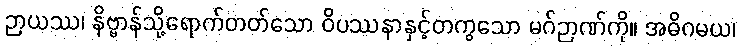
ဉာယဿ၊ နိဗ္ဗာန်သို့ရောက်တတ်သော ဝိပဿနာနှင့်တကွသော မဂ်ဉာဏ်ကို။ အဓိဂမယ၊